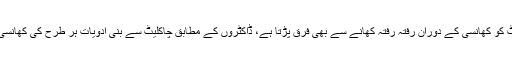
محققین کا ماننا ہے کہ چاکلیٹ کو کھانسی کے دوران رفتہ رفتہ کھانے سے بھی فرق پڑتا ہے، ڈاکٹروں کے مطابق چاکلیٹ سے بنی ادویات ہر طرح کی کھانسی میں مؤثر اور مفید ہوتی ہیں۔